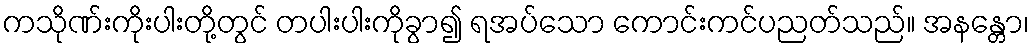
ကသိုဏ်းကိုးပါးတို့တွင် တပါးပါးကိုခွာ၍ ရအပ်သော ကောင်းကင်ပညတ်သည်။ အနန္တော၊